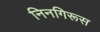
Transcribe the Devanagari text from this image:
निनगिरूस